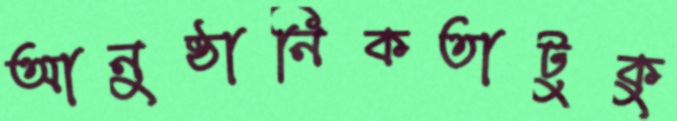
আনুষ্ঠানিকতাটুকু